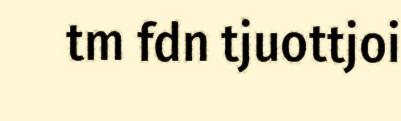
tm fdn tjuottjoi